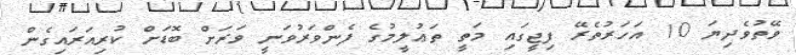
ވޭތުވެދިޔަ 10 އަހަރުތެރޭ ފިޖީގައި މަތީ ތަޢުލީމުގެ ފެންވަރުވަނީ ވަރަށް ބޮޑަށް ކުރިއަރައިގެން